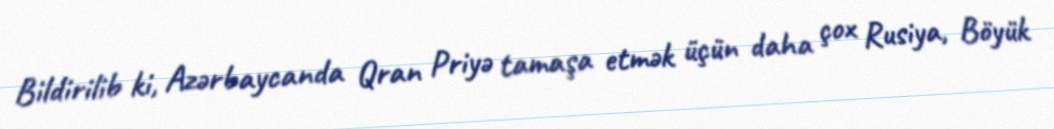
Bildirilib ki, Azərbaycanda Qran Priyə tamaşa etmək üçün daha çox Rusiya, Böyük